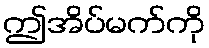
ဤအိပ်မက်ကို